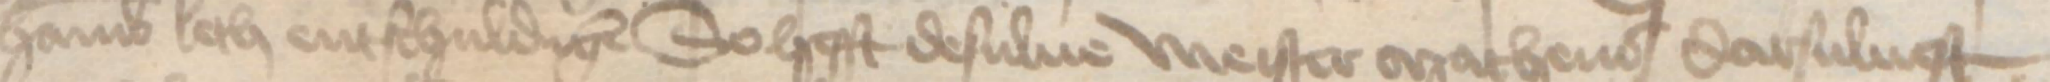
Hamburch leth entschuldigen So hefft desulue meister Matheus darsuluest